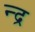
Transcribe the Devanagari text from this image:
न्द्र